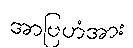
အာဗြဟံအား